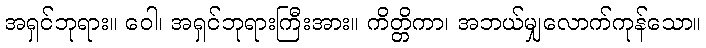
အရှင်ဘုရား။ ဝေါ၊ အရှင်ဘုရားကြီးအား။ ကိတ္တိကာ၊ အဘယ်မျှလောက်ကုန်သော။